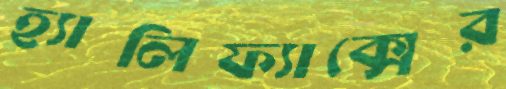
হ্যালিফ্যাক্সের